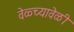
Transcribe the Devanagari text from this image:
वेळ्च्यावेळी